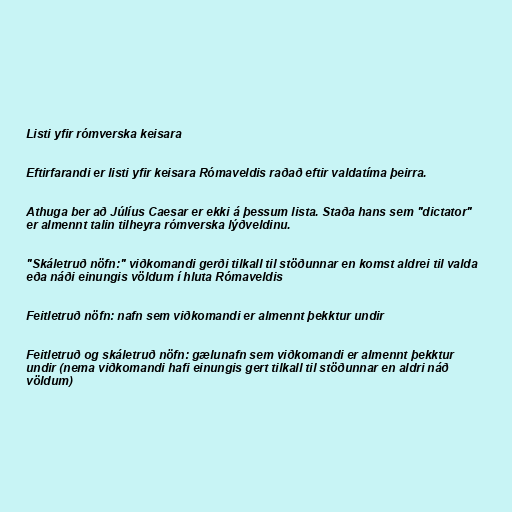
Listi yfir rómverska keisara

Eftirfarandi er listi yfir keisara Rómaveldis raðað eftir valdatíma þeirra.

Athuga ber að Júlíus Caesar er ekki á þessum lista. Staða hans sem "dictator"
er almennt talin tilheyra rómverska lýðveldinu.

"Skáletruð nöfn:" viðkomandi gerði tilkall til stöðunnar en komst aldrei til valda
eða náði einungis völdum í hluta Rómaveldis

Feitletruð nöfn: nafn sem viðkomandi er almennt þekktur undir

Feitletruð og skáletruð nöfn: gælunafn sem viðkomandi er almennt þekktur
undir (nema viðkomandi hafi einungis gert tilkall til stöðunnar en aldri náð
völdum)